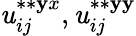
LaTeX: \mathit{u}_{ij}^{\ast\ast{\mathbf{y}x}},\mathit{u}_{ij}^{\ast\ast{\mathbf{y}\mathbf{y}}}